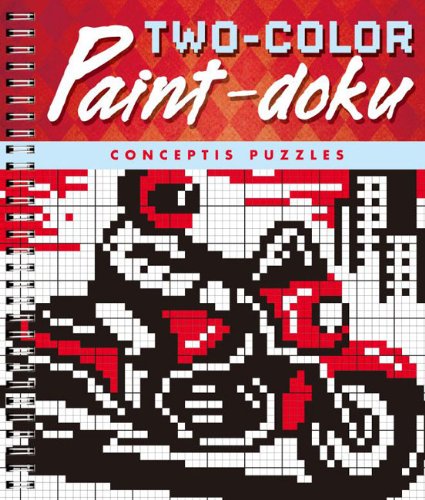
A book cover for Two-Color Paint-doku; Conceptis Puzzles; Humor & Entertainment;